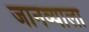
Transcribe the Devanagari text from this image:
जानव्याला